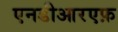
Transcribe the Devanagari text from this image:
एनडीआरएफ़